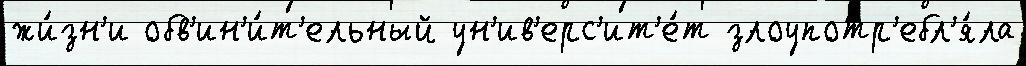
жи́зн'и обв'ин'и́т'ельный ун'ив'ерс'ит'е́т злоупотр'ебл'я́ла